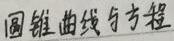
圆锥曲线与方程